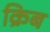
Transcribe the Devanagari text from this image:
क्रिब